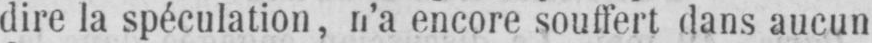
dire la spéculation, n’a encore souffert dans aucun